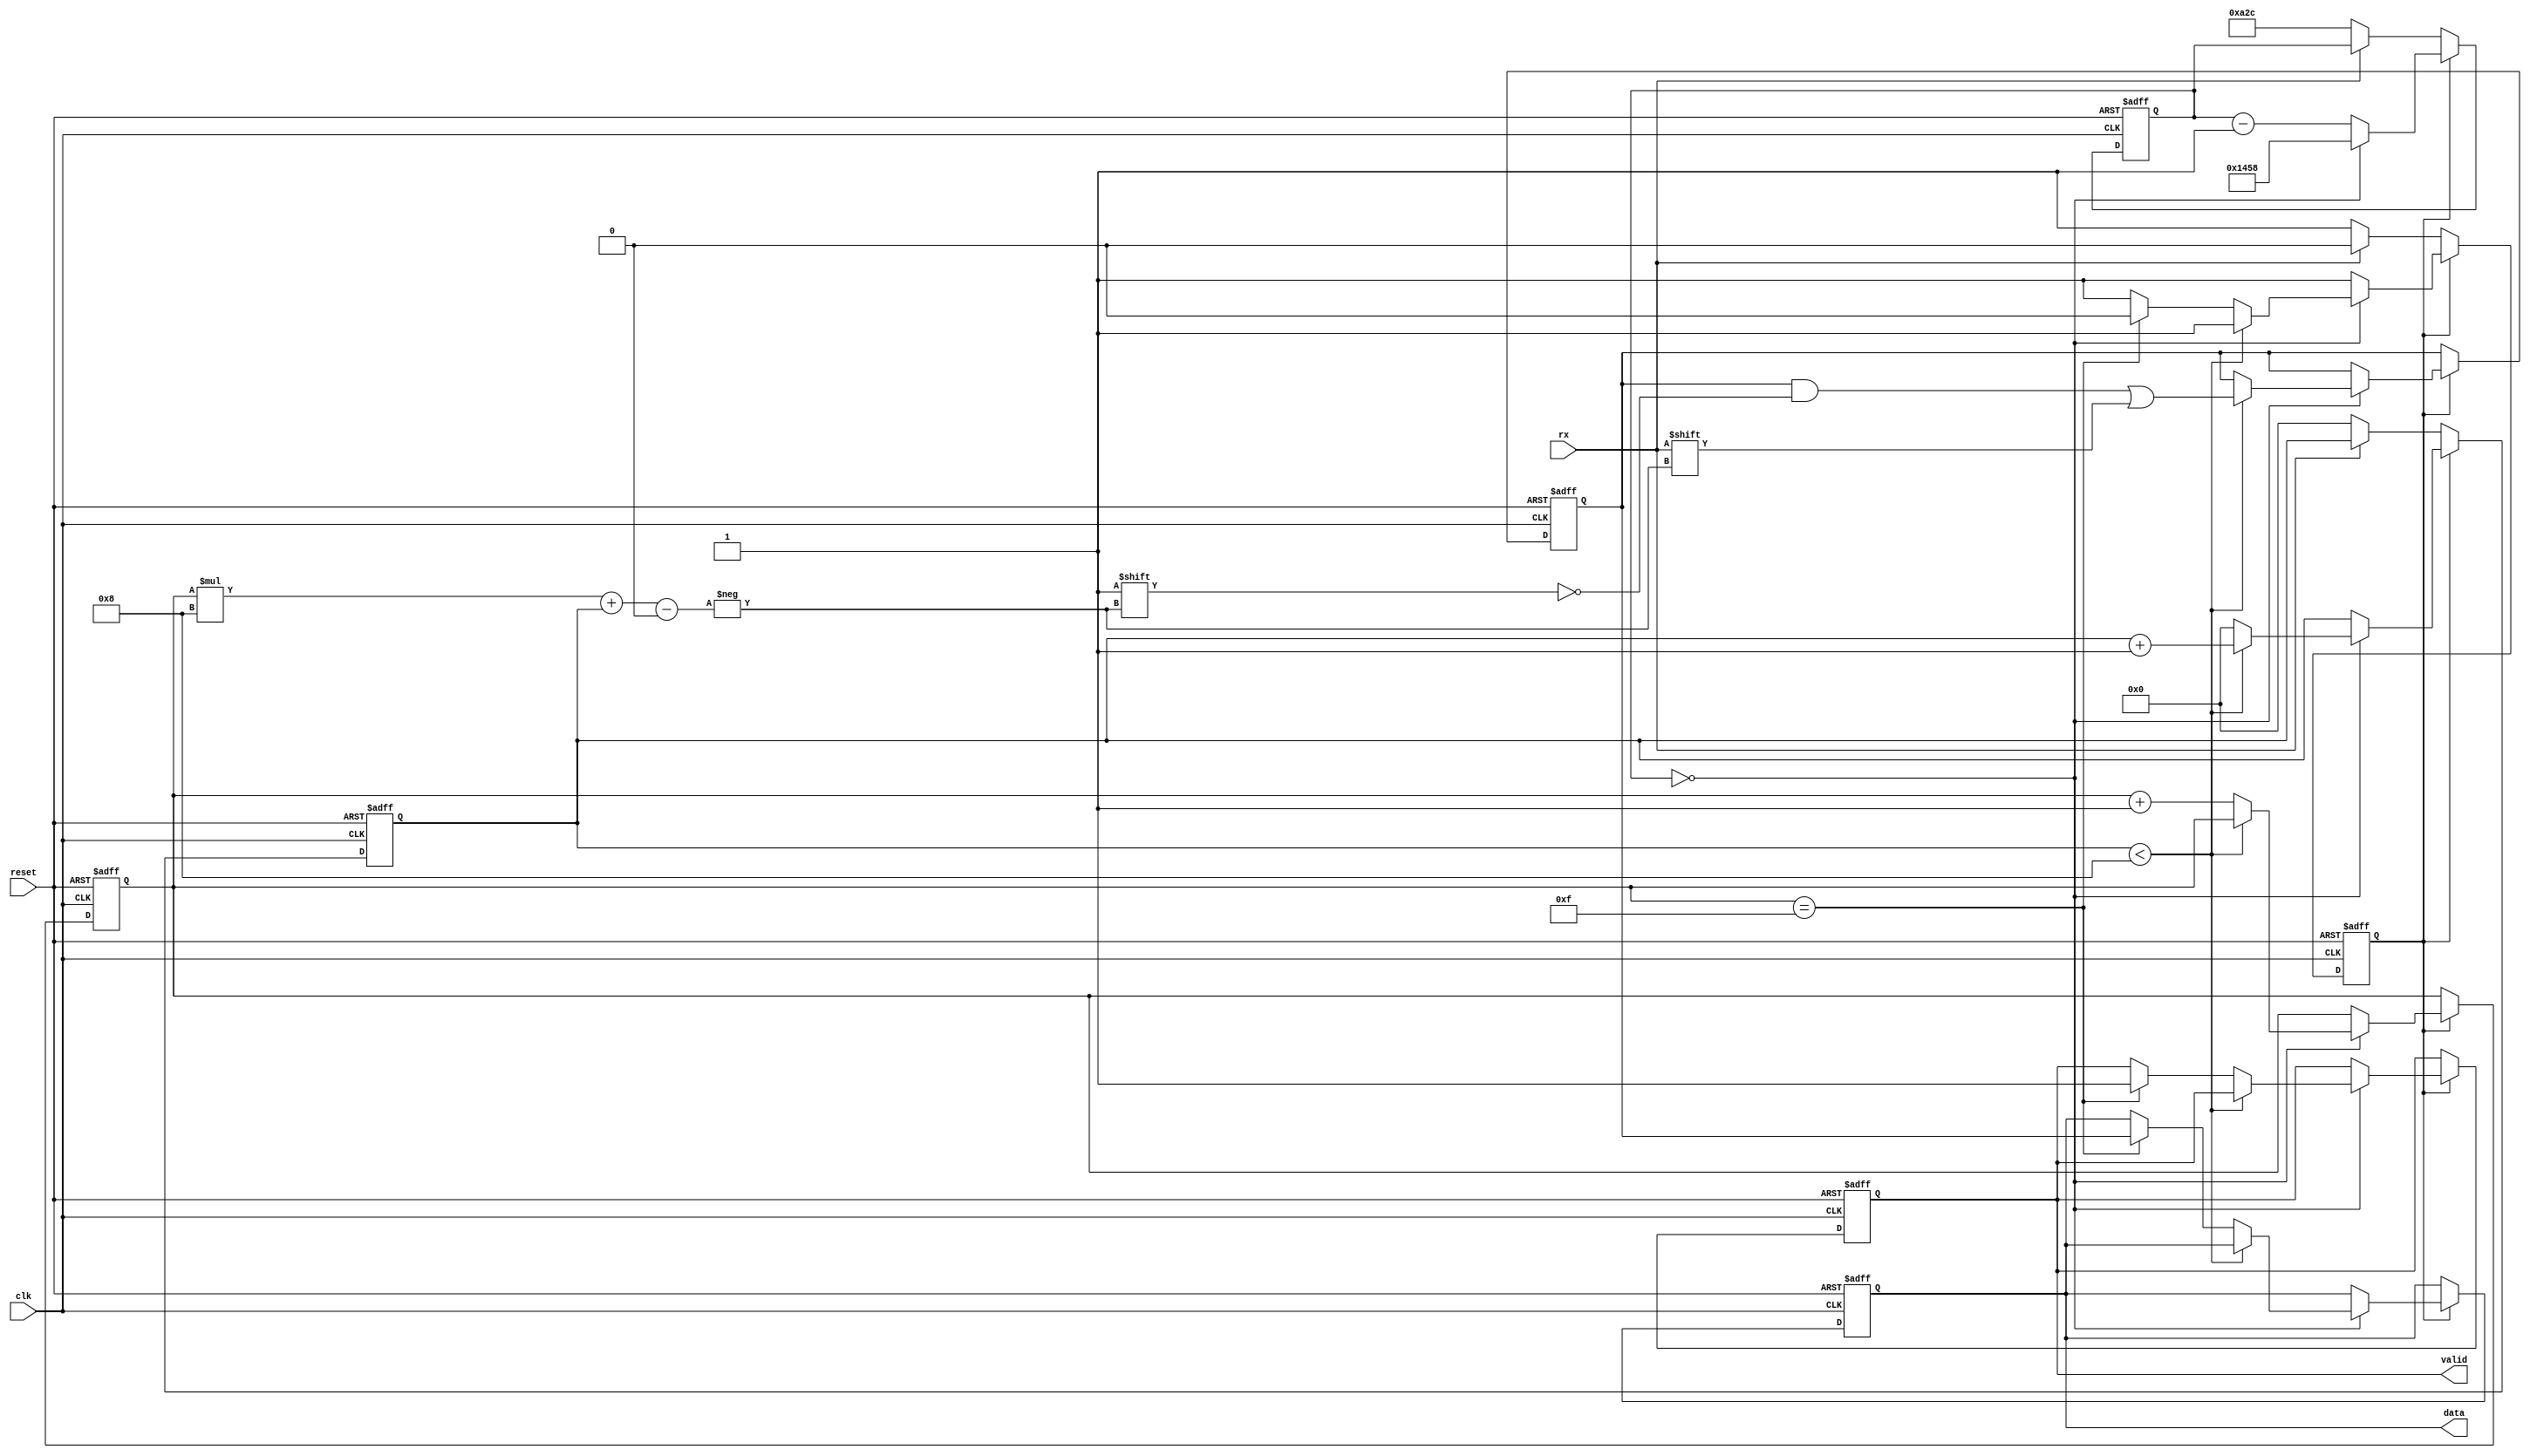
module uart_receiver (
    input wire clk,
    input wire reset,
    input wire rx,
    output reg [127:0] data,
    output reg valid
);

    // UART parameters
    parameter BAUD_RATE = 9600;
    parameter CLOCK_FREQ = 50000000;
    parameter BIT_TIME = CLOCK_FREQ / BAUD_RATE;

    reg [15:0] bit_counter;
    reg [3:0] bit_index;
    reg receiving;
    reg [127:0] data_buffer;
    reg [3:0] byte_index;

    always @(posedge clk or posedge reset) begin
        if (reset) begin
            bit_counter <= 0;
            bit_index <= 0;
            receiving <= 0;
            data_buffer <= 0;
            data <= 0;
            valid <= 0;
            byte_index <= 0;
        end else begin
            if (!receiving) begin
                if (rx == 0) begin // Start bit detected
                    receiving <= 1;
                    bit_counter <= BIT_TIME / 2;
                    bit_index <= 0;
                end
            end else begin
                bit_counter <= bit_counter - 1;
                if (bit_counter == 0) begin
                    bit_counter <= BIT_TIME;
                    if (bit_index < 8) begin
                        data_buffer[(byte_index*8) + bit_index] <= rx;
                        bit_index <= bit_index + 1;
                    end else begin
                        bit_index <= 0;
                        byte_index <= byte_index + 1;
                        if (byte_index == 15) begin
                            data <= data_buffer;
                            valid <= 1;
                            receiving <= 0;
                        end
                    end
                end
            end
        end
    end
endmodule